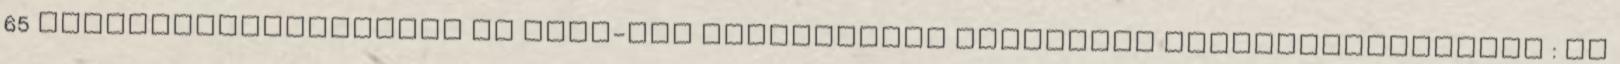
65 Folyamatszabályozás az IMIP-ben Biztonságos intézmény szemléletformálás : Az